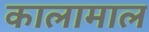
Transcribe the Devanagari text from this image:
कालामाल